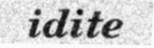
idite